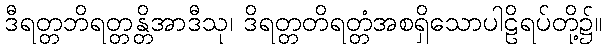
ဒီရတ္တဘိရတ္တန္တိအာဒီသု၊ ဒိရတ္တတိရတ္တံအစရှိသောပါဠိရပ်တို့၌။